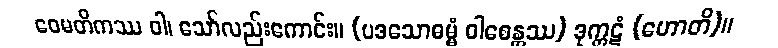
ဝေမတိကဿ ဝါ၊ သော်လည်းကောင်း။ (ပဒသောဓမ္မံ ဝါစေန္တဿ) ဒုက္ကဋံ (ဟောတိ)။